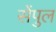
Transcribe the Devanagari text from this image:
सेंपुल